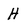
Character: H